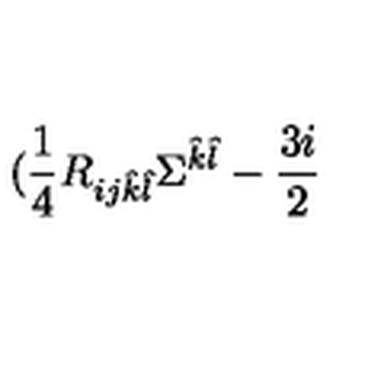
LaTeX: ( \frac { 1 } { 4 } R _ { i j \hat { k } \hat { l } } \Sigma ^ { \hat { k } \hat { l } } - \frac { 3 i } { 2 }